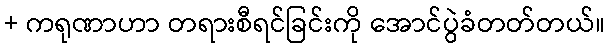
+ ကရုဏာဟာ တရားစီရင်ခြင်းကို အောင်ပွဲခံတတ်တယ်။